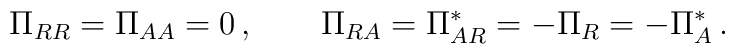
\Pi_{RR}=\Pi_{AA}=0\, , \qquad    \Pi_{RA} = \Pi^*_{AR} = -\Pi_R = -\Pi^*_A\, .